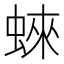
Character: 𧍍